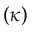
( \kappa )